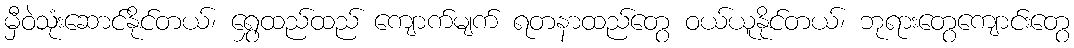
မှီဝဲသုံးဆောင်နိုင်တယ်၊ ရွှေထည်ထည် ကျောက်မျက် ရတနာထည်တွေ ဝယ်ယူနိုင်တယ်၊ ဘုရားတွေကျောင်းတွေ